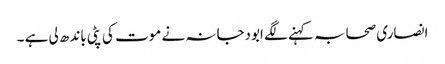
انصاری صحابہ کہنے لگے ابودجانہ نے موت کی پٹی باندھ لی ہے ۔